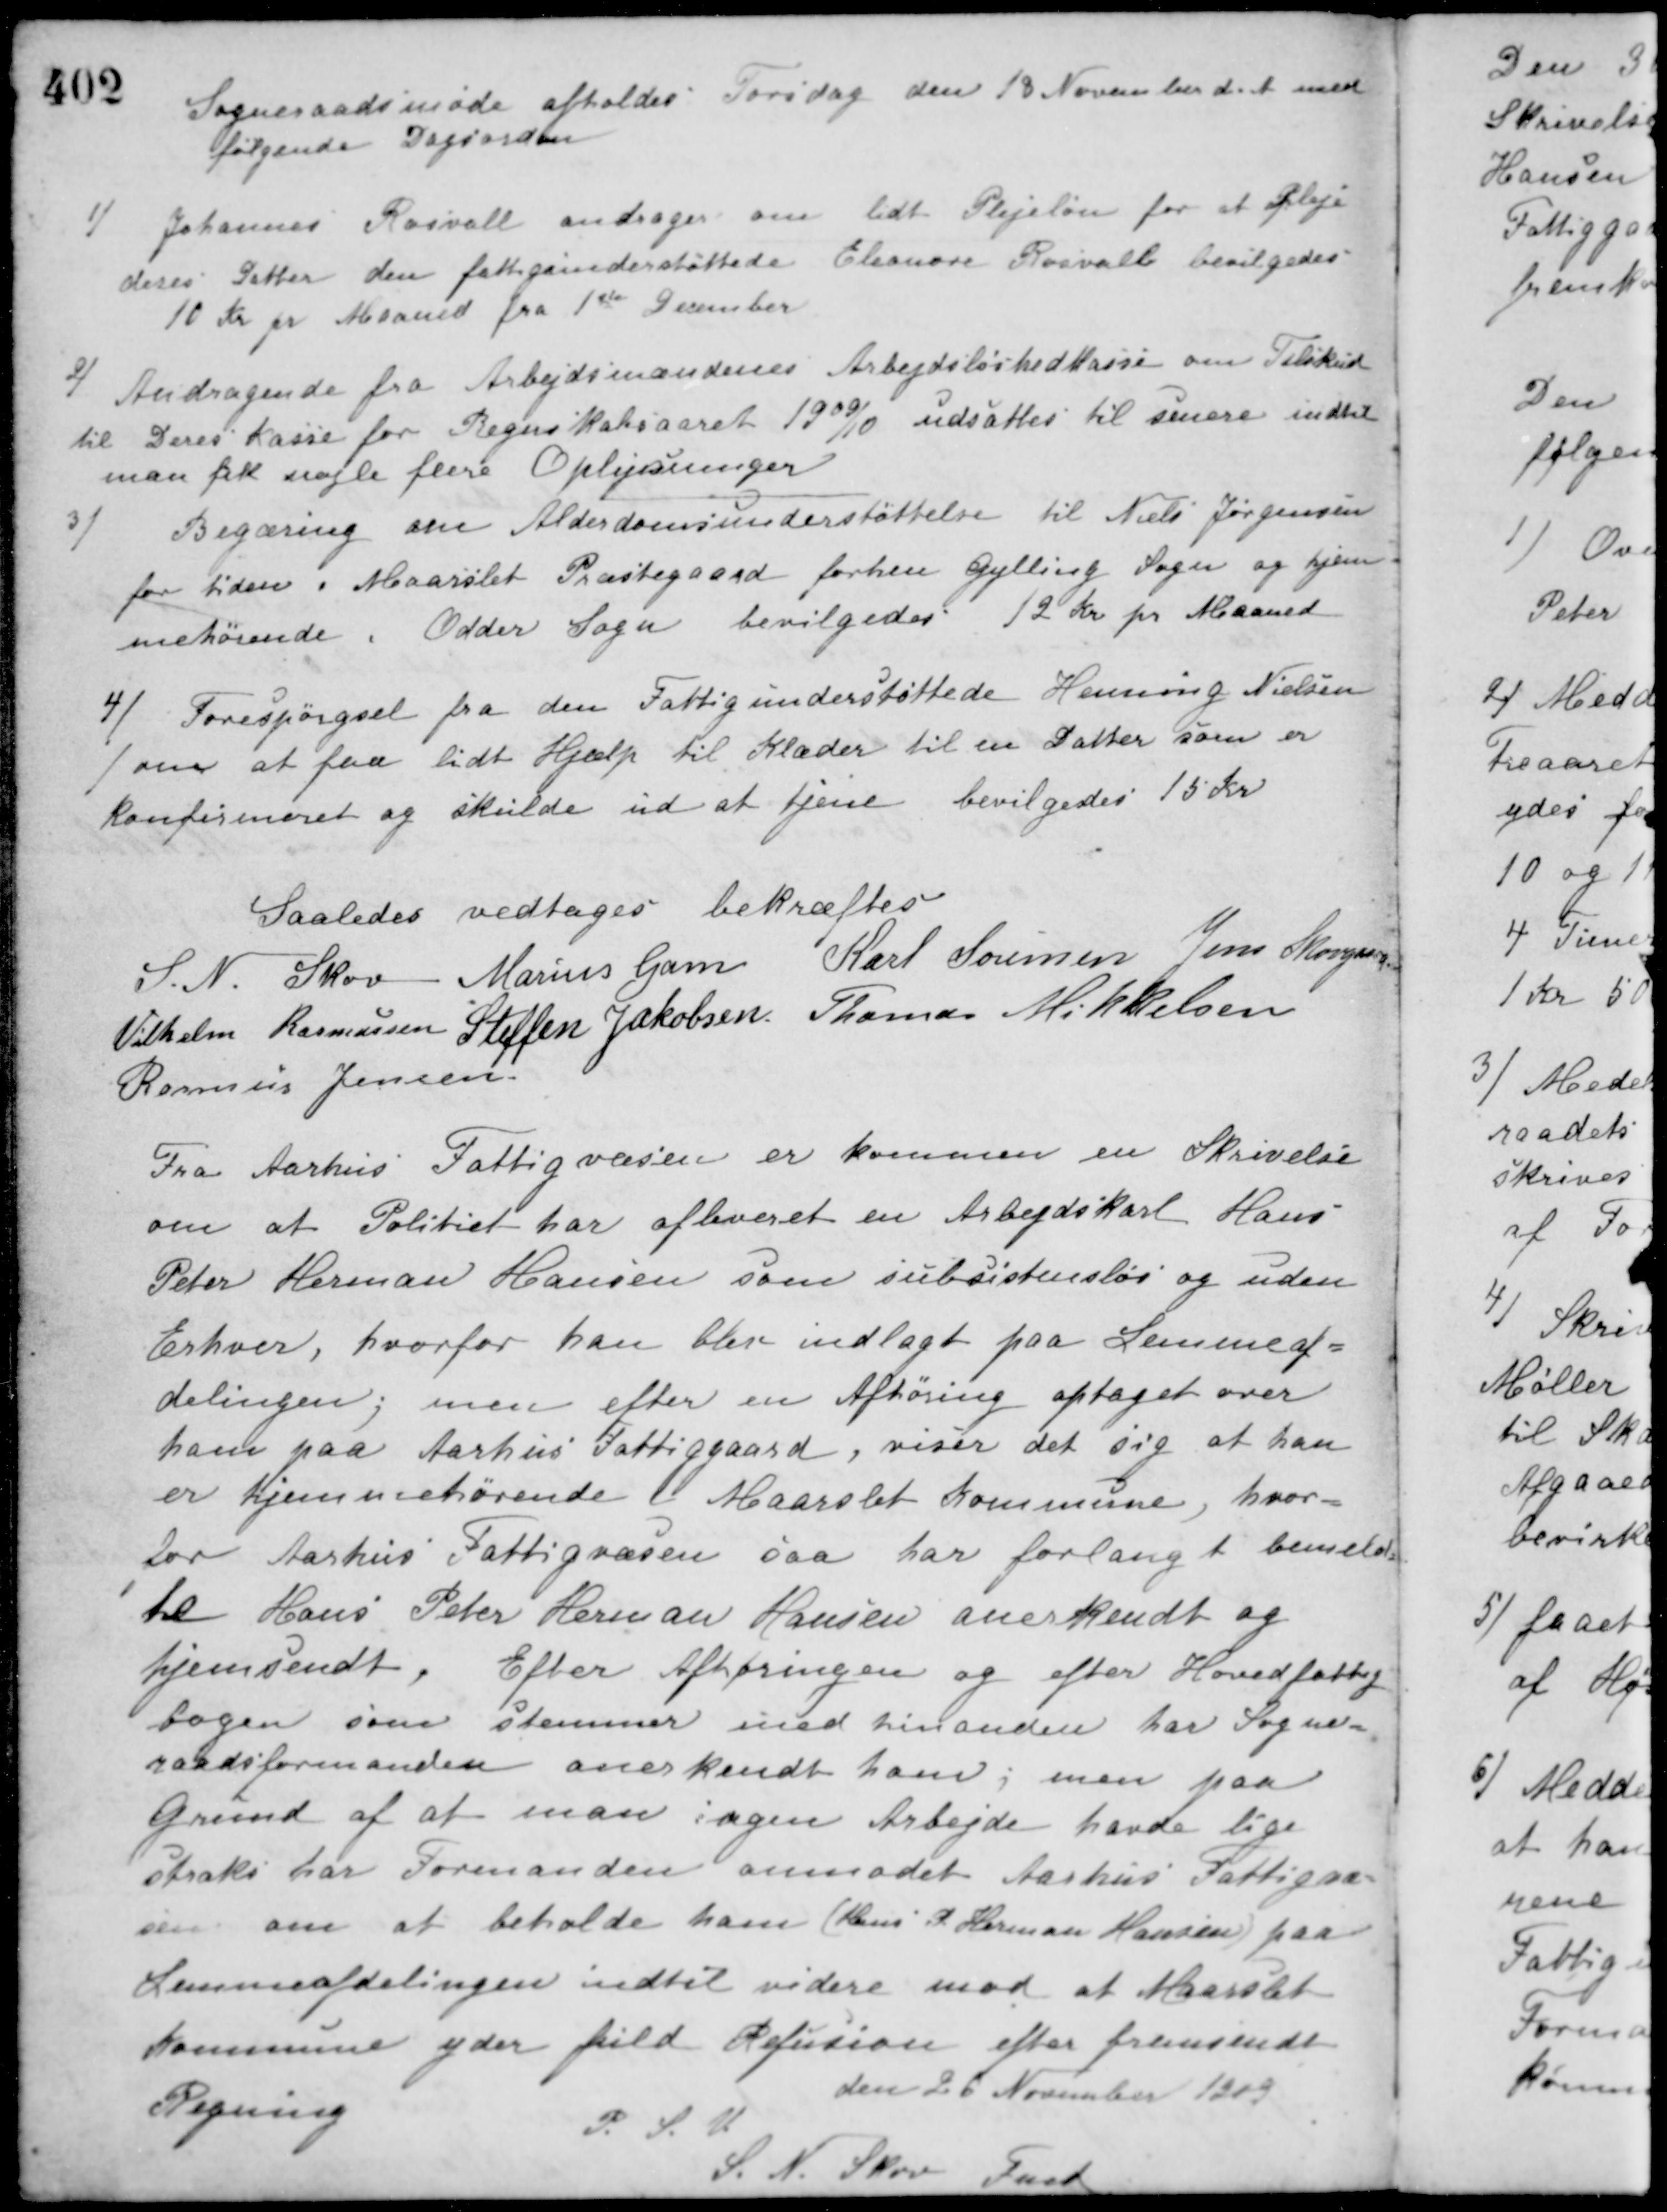
Transskription:
Sogneraadsmøde afholdt Torsdag den 18 November d. A. med
følgende Dagsorden
1) Johannes Rosvalt andrager om lidt Plejeløn for at Pleje
deres Datter den fattigunderstøttede Eleonore Rosvalt bevilgedes
10 Kr. pr. Maaned fra 1ste December
2) Andragende fra Arbejdsmændenes Arbejdsløshedkasse om Tilskud
til Deres Kasse for Regnskabsaaret 1909/10 udsattes til senere indtil
man fik nogle flere Oplysninger
3) Begæring om Alderdomsunderstøttelse til Niels Jørgensen
for tiden i Maarslet Præstegaard forhen Gylling Sogn og hjem-
mehørende i Odder Sogn bevilgedes 12 Kr. pr. Maaned
4) Forespørgsel fra den Fattigunderstøttede Henning Nielsen
om at faa lidt Hjælp til Klæder til en Datter som er
konfirmeret og skulde ud at tjene bevilgedes 15 Kr.
Saaledes vedtaget bekræftes
S. N. Skov Marius Gam Karl Sørensen Jens Skovgaard
Vilhelm Rasmussen Steffen Jakobsen Thomas Mikkelsen
Rasmus Jensen
Fra Aarhus Fattigvæsen er kommen en Skrivelse
om at Politiet har afleveret en Arbejdskarl Hans
Peter Herman Hansen som subsistensløs og uden
Erhverv, hvorfor han blev indlagt paa Lemmeaf-
delingen; men efter en Afhøring optaget over
ham paa Aarhus Fattiggaard, viser det sig at han
er hjemmehørende i Maarslet Kommune, hvor-
for Aarhus Fattigvæsen saa har forlangt bemeld-
te Hans Peter Herman Hansen anerkendt og
hjemsendt. Efter Afhøringen og efter Hovedfattig-
bogen som stemmer med hinanden har Sogne-
raadsformanden anerkendt ham; men paa
Grund af at man ingen Arbejde havde lige
straks har Formanden anmodet Aarhus Fattigvæ-
sen om at beholde ham (Hans P. Herman Hansen) paa
Lemmeafdelingen indtil videre mod at Maarslet
Kommune yder fuld Refusion efter fremsendt
Regning
den 26 November 1909
P. S. V.
S. N. Skov Fmd.